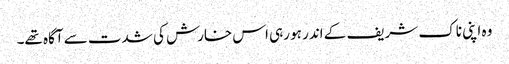
وہ اپنی ناک شریف کے اندر ہو رہی اس خارش کی شدت سے آگاہ تھے۔